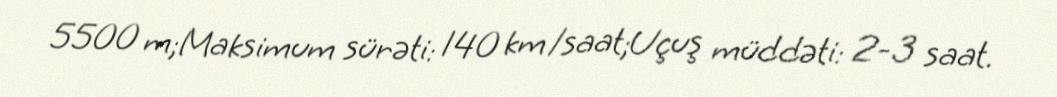
5500 m;Maksimum sürəti: 140 km/saat;Uçuş müddəti: 2-3 saat.